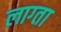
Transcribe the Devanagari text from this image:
लाग्ता